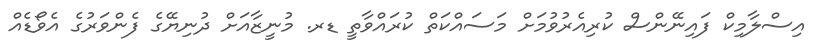
އިސްލާމިކް ފައިނޭންސް ކުރިއެރުވުމަށް މަސައްކަތް ކުރައްވާތީ ޑރ. މުނީޒާއަށް ދުނިޔޭގެ ފެންވަރުގެ އެވޯޑެއް